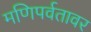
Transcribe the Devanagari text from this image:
मणिपर्वतावर